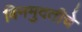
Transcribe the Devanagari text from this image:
बिनमुदतीचे